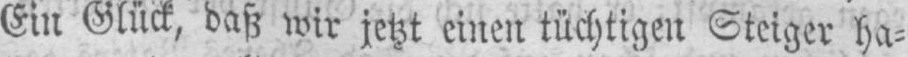
Ein Glück, daß wir jetzt einen tüchtigen Steiger ha⸗